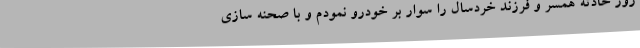
روز حادثه همسر و فرزند خردسال را سوار بر خودرو نمودم و با صحنه سازی